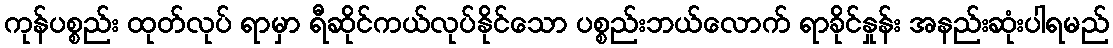
ကုန်ပစ္စည်း ထုတ်လုပ် ရာမှာ ရီဆိုင်ကယ်လုပ်နိုင်သော ပစ္စည်းဘယ်လောက် ရာခိုင်နှုန်း အနည်းဆုံးပါရမည်